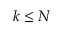
k \leq N